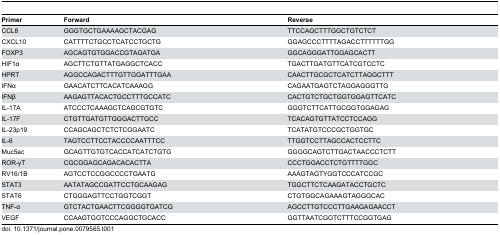
| Primer | Forward | Reverse |
 | --- | --- | --- |
 | CCL8 | GGGTGCTGAAAAGCTACGAG | TTCCAGCTTTGGCTGTCTCT |
 | CXCL10 | CATTTTCTGCCTCATCCTGCTG | GGAGCCCTTTTAGACCTTTTTTGG |
 | FOXP3 | AGCAGTGTGGACCGTAGATGA | GGCAGGGATTGGAGCACTT |
 | HIF1α | AGCTTCTGTTATGAGGCTCACC | TGACTTGATGTTCATCGTCCTC |
 | HPRT | AGGCCAGACTTTGTTGGATTTGAA | CAACTTGCGCTCATCTTAGGCTTT |
 | IFNα | GAACATCTTCACATCAAAGG | CAGAATGAGTCTAGGAGGGTTG |
 | IFNβ | AAGAGTTACACTGCCTTTGCCATC | CACTGTCTGCTGGTGGAGTTCATC |
 | IL-17A | ATCCCTCAAAGCTCAGCGTGTC | GGGTCTTCATTGCGGTGGAGAG |
 | IL-17F | CTGTTGATGTTGGGACTTGCC | TCACAGTGTTATCCTCCAGG |
 | IL-23p19 | CCAGCAGCTCTCTCGGAATC | TCATATGTCCCGCTGGTGC |
 | IL-6 | TAGTCCTTCCTACCCCAATTTCC | TTGGTCCTTAGCCACTCCTTC |
 | Muc5ac | GCAGTTGTGTCACCATCATCTGTG | GGGGCAGTCTTGACTAACCCTCTT |
 | ROR-yT | CGCGGAGCAGACACACTTA | CCCTGGACCTCTGTTTTGGC |
 | RV16/1B | AGTCCTCCGGCCCCTGAATG | AAAGTAGTYGGTCCCATCCGC |
 | STAT3 | AATATAGCCGATTCCTGCAAGAG | TGGCTTCTCAAGATACCTGCTC |
 | STAT6 | CTGGGAGTTCCTGGTCGGT | CTGTGGCAGAAAGTAGGGCAC |
 | TNF-α | GTCTACTGAACTTCGGGGTGATCG | AGCCTTGTCCCTTGAAGAGAACCT |
 | VEGF | CCAAGTGGTCCCAGGCTGCACC | GGTTAATCGGTCTTTCCGGTGAG |